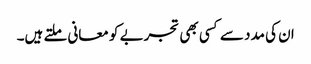
ان کی مدد سے کسی بھی تجربے کو معانی ملتے ہیں۔